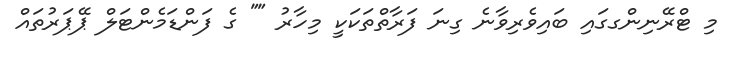
މި ޓްރޭނިންގގައި ބައިވެރިވާނެ ގިނަ ފަރާތްތަކަކީ މިހާރު "" ގެ ފަންޑަމެންޓަލް ޕޭޕަރުތައް